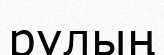
рулың